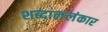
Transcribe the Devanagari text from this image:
शब्दालंलंकार